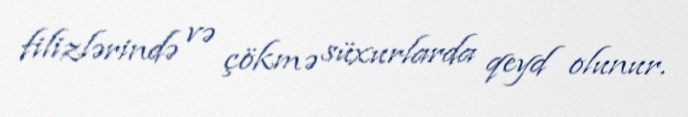
filizlərində və çökmə süxurlarda qeyd olunur.